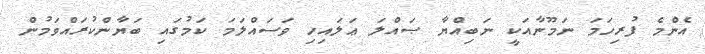
އެންމެ ފުރިހަމަ ނަމޫނާއަކީ ނަބިއްޔާ ޞައްލަ ޢަލައިހި ވަސައްލަމަ ކަމުގައި ބަޔާންކުރައްވަމުން